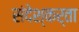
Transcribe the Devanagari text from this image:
संदेश्कर्ता